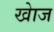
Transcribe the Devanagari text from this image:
खाेज